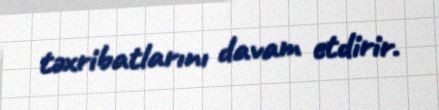
təxribatlarını davam etdirir.